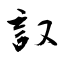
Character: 詉